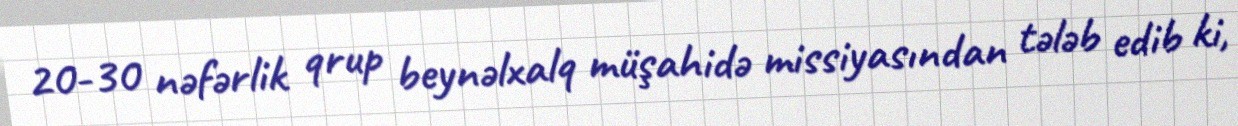
20-30 nəfərlik qrup beynəlxalq müşahidə missiyasından tələb edib ki,